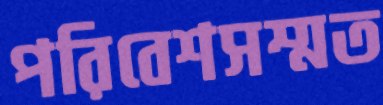
পরিবেশসম্মত